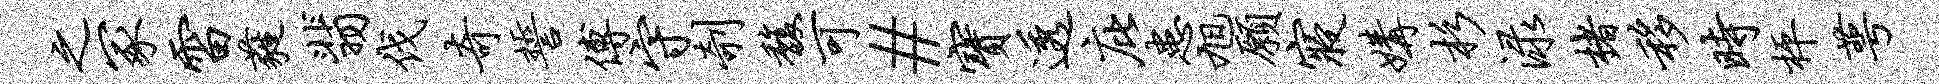
之冢雷蕤翡伐奇誓傅守剞馥可#宝透庇患旭愿寝媾杉渌楮移时枰萼